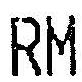
RM